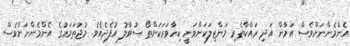
އެންމެންނަށްވެސް އަމާން އަދި ރައްކާތެރި މަންޒިލަކަށްވަނީ ކިހާވަރަކަށްތޯ ސުވާލު އުފެދެއެވެ. މުޖުތަމަޢުގެ އެންމެންނަށްވެސް